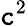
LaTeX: \mathtt{c}^{2}